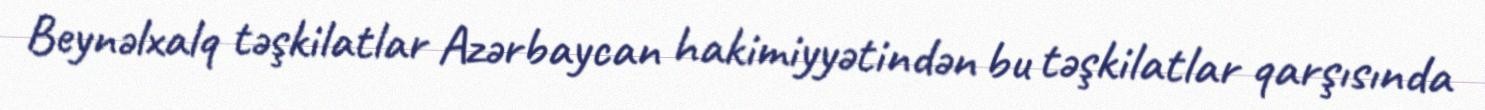
Beynəlxalq təşkilatlar Azərbaycan hakimiyyətindən bu təşkilatlar qarşısında